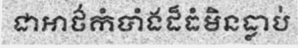
ជាអាថ៌កំបាំងដ៏ធំមិនធ្លាប់